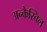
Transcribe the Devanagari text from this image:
अन्कैस्विल